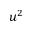
u ^ { 2 }